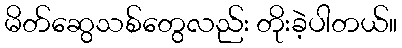
မိတ်ဆွေသစ်တွေလည်း တိုးခဲ့ပါတယ်။